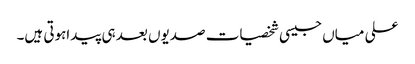
علی میاں جیسی شخصیات صدیوں بعد ہی پیداہوتی ہیں۔